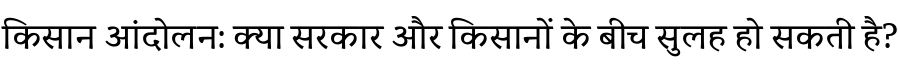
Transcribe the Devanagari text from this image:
किसान आंदोलन: क्या सरकार और किसानों के बीच सुलह हो सकती है?